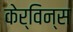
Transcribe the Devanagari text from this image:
केर्विन्स